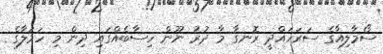
ސޯމާލިއާގެ ސަރަހައްދީ ރޮނގާ މާ ދުރު ނޫން ހިސާބެއްގައި ދިން މި ހަމަލާގެ